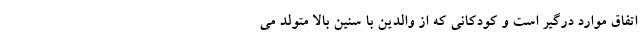
اتفاق موارد درگیر است و کودکانی که از والدین با سنین بالا متولد می